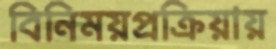
বিনিময়প্রক্রিয়ায়